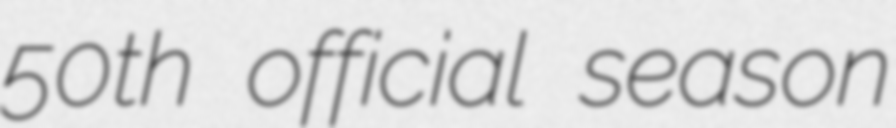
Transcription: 50th official season